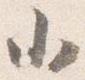
小